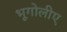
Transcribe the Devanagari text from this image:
भूगोलीए